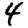
Digit: 4